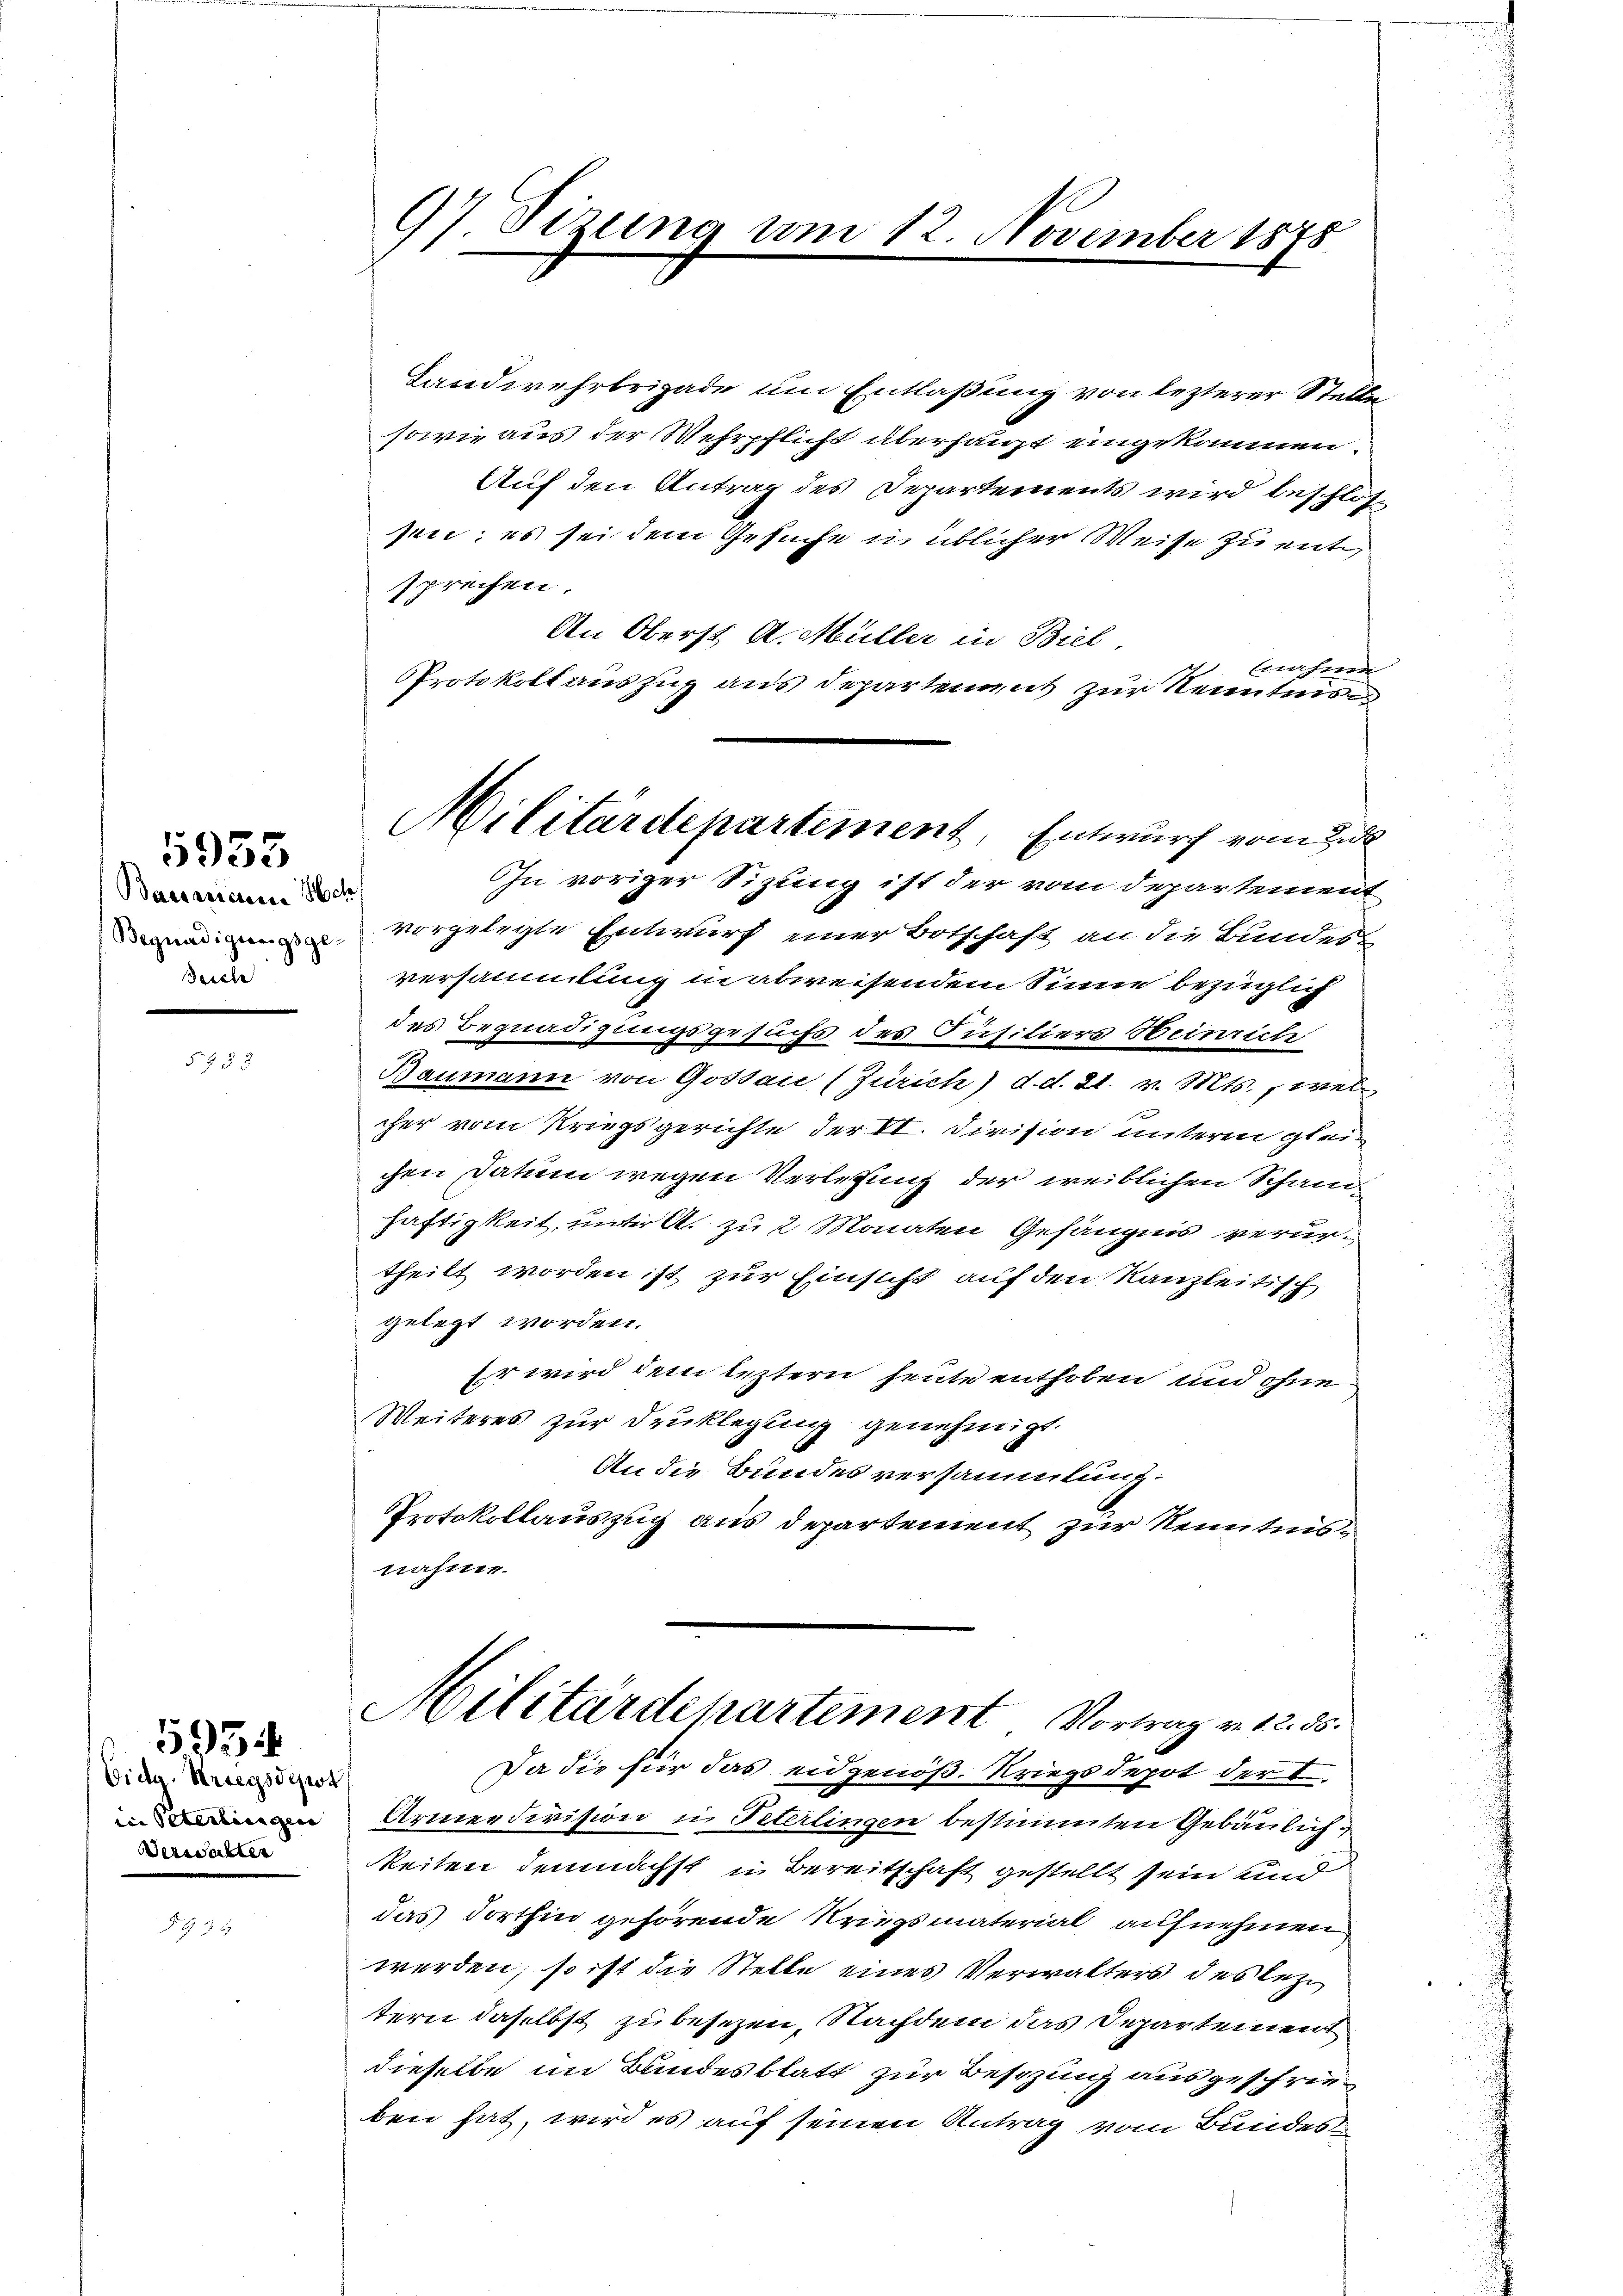
Baessieren Sch
Seich

953

Eidg. Kriegsdeput
in Oeterlingen
Versalter

5934

97. Sizung am 12. November 1875

Landwehrbrigade um Entlaßung von lezterer Stelle
sowie aus der Wehrpflicht überhaupt eingekommen.
Auf den Antrag des Departements wird beschlos
pii; es sei dem Gesuche u. üblicher Weise zu entsprechen.
An Oberst A. Müller in Biel,
snahme
Protokoll auszug aus Departement zur Kenntni
Ihn voriger Sitzung ist der vom Departement
vorgelegte Entwurf einer Botschaft an die Bundest
versammlung in abweisendem Sinne bezüglich
des Begnadigungsgesuchs des Susitiers Heinrich
Baumann von Gossaić (Zürich) d.d. 21. v. Mts., welc
cher vom Kriegsgerichte der VI. Division unterm gleichen Datum wegen Verlesung der weiblichen Scham
haftigkeit, unter A. zu 2 Monaten Gefängnis verurtheilt worden ist zur Einsicht auf den Kanzleitisch
gelegt worden.
Es wird dem leztern heute enthoben und ohne
Weiteres zur Druklegung genehmigt.
An die Bundes versammlung:
Protokollauszug aus Departement zur Kenntnisnahme.

Militärdepartement, Entwurf vom 2

Da die für das eidgenöß. Kriegsdepot der I

Armendivision in Peterlingen bestimmten Gebäulichkeiten demnächst in Bereitschaft gestellt sein und
das dorthin gehörende Kriegsmaterial aufnehmen
werden; so ist die Stelle eines Verwalters des lezt
tern daselbst zu besezen, Nachdem das Departement
dieselbe im Bundesblatt zur Besizung ausgeschrieben hat, wird es auf seinen Antrag vom Bundes

Militärdepartement Vortrag v. 12. ds.